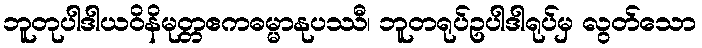
ဘူတုပါဒါယဝိနိမုတ္တဧကဓမ္မာနုပဿီ၊ ဘူတရုပ်ဥပါဒါရုပ်မှ လွတ်သော